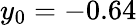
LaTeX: y_{0}=-0.64